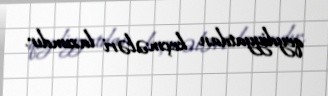
qeydiyyatdan keçmələri lazımdır.